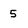
Character: 5